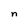
Character: n